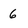
Character: 6